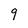
Character: 9